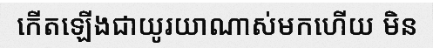
កើតឡើងជាយូរយាណាស់មកហើយ មិន